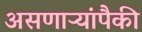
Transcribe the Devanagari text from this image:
असणाऱ्यांपैकी